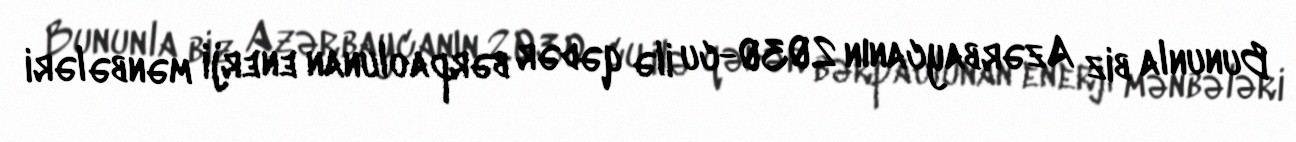
Bununla biz Azərbaycanın 2030-cu ilə qədər bərpaolunan enerji mənbələri